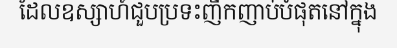
ដែលឧស្សាហ៍ជួបប្រទះញឹកញាប់បំផុតនៅក្នុង